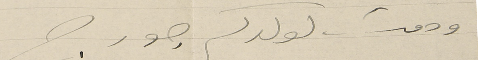
ودمت لولدكم جورج